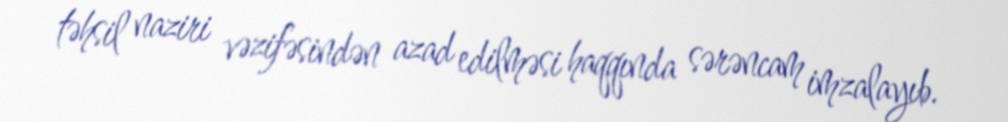
təhsil naziri vəzifəsindən azad edilməsi haqqında sərəncam imzalayıb.